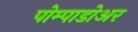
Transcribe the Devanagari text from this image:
पोम्पाडोअर